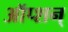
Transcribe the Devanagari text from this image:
ऑप्शन्